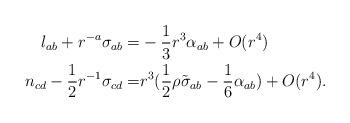
LaTeX: \begin{align*}l_{ab}+r^{-a}\sigma_{ab}=&-\frac{1}{3}r^3\alpha_{ab}+O(r^4)\\n_{cd}-\frac{1}{2} r^{-1}\sigma_{cd}= &r^3( \frac{1}{2}\rho \tilde \sigma_{ab}- \frac{1}{6}\alpha_{ab})+O(r^4).\end{align*}